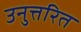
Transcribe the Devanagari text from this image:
उनुत्तरित